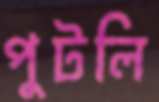
পুটলি